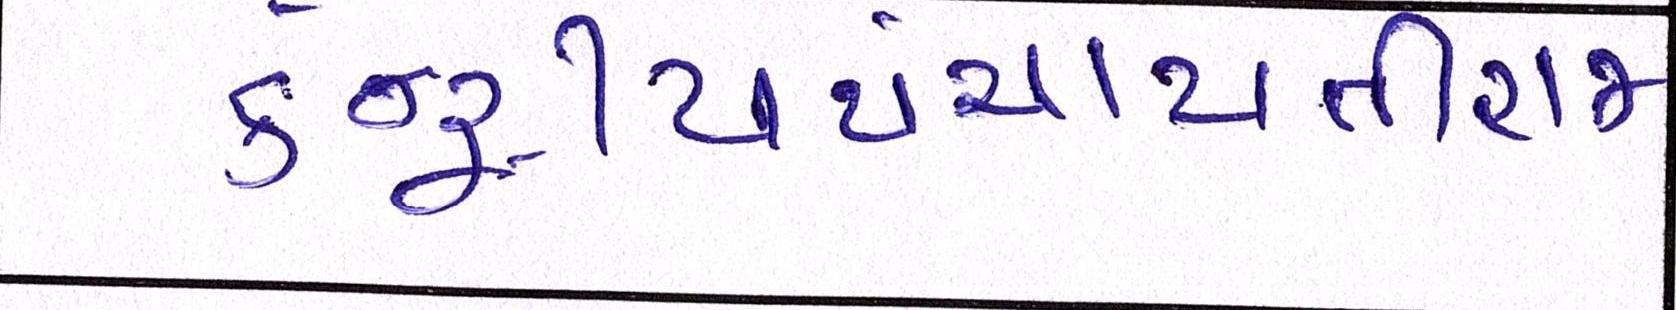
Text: કેન્દ્રીયપંચાયતીરાજ